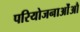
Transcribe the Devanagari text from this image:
परियोजनाओंऔ